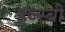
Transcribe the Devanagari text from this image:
इज्स्बीं